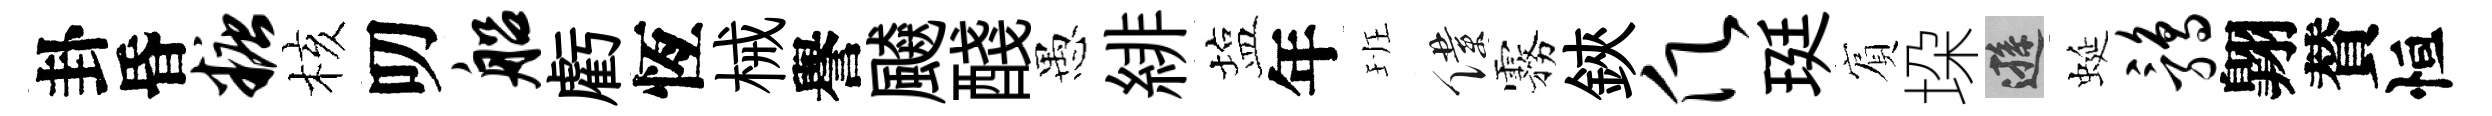
卦昏糖核叨船虧恆械譽飇醆愚緋塩年班僕霧鋏愿珽賔垜遜蜒鹑翺賛恒